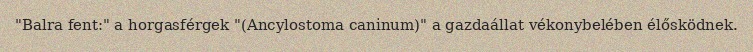
"Balra fent:" a horgasférgek "(Ancylostoma caninum)" a gazdaállat vékonybelében élősködnek.